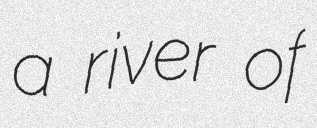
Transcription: a river of